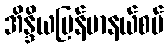
အိန္ဒိယမြန်မာနယ်စပ်